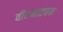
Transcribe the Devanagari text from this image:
वीरनाट्यम